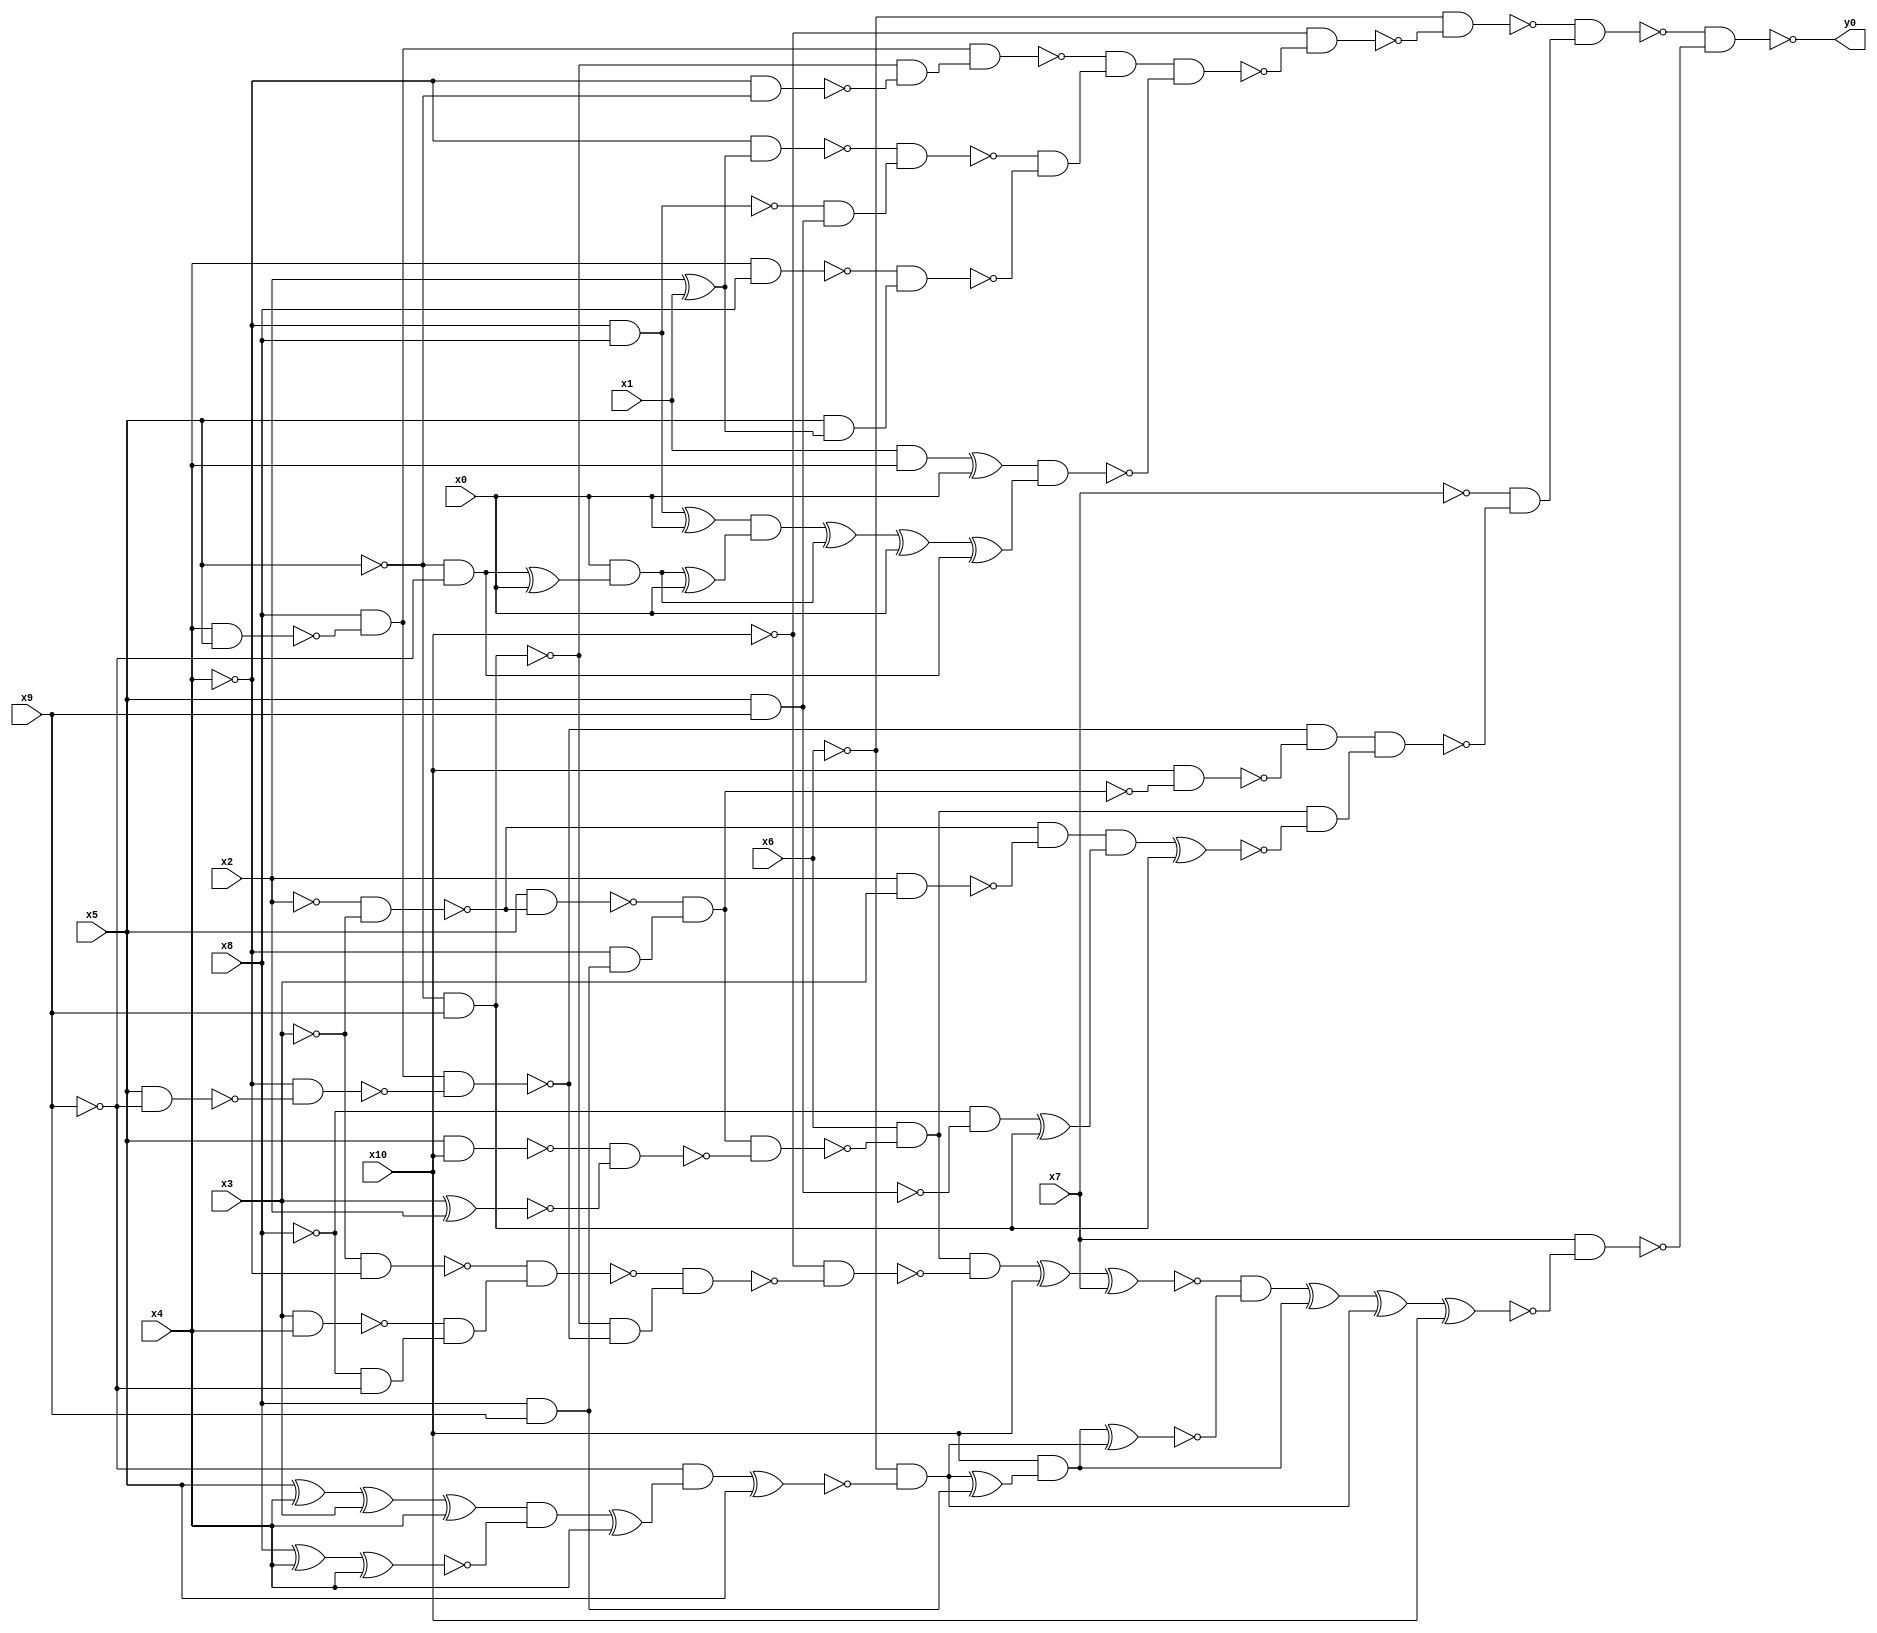
module top( x0 , x1 , x2 , x3 , x4 , x5 , x6 , x7 , x8 , x9 , x10 , y0 );
  input x0 , x1 , x2 , x3 , x4 , x5 , x6 , x7 , x8 , x9 , x10 ;
  output y0 ;
  wire n12 , n13 , n14 , n15 , n16 , n17 , n18 , n19 , n20 , n21 , n22 , n23 , n24 , n25 , n26 , n27 , n28 , n29 , n30 , n31 , n32 , n33 , n34 , n35 , n36 , n37 , n38 , n39 , n40 , n41 , n42 , n43 , n44 , n45 , n46 , n47 , n48 , n49 , n50 , n51 , n52 , n53 , n54 , n55 , n56 , n57 , n58 , n59 , n60 , n61 , n62 , n63 , n64 , n65 , n66 , n67 , n68 , n69 , n70 , n71 , n72 , n73 , n74 , n75 , n76 , n77 , n78 , n79 , n80 , n81 , n82 , n83 , n84 , n85 , n86 , n87 , n88 , n89 , n90 , n91 , n92 , n93 , n94 , n95 , n96 , n97 , n98 ;
  assign n12 = x4 & x5 ;
  assign n13 = x8 & ~n12 ;
  assign n14 = ~x5 & x9 ;
  assign n15 = ~x4 & ~x5 ;
  assign n16 = ~n14 & ~n15 ;
  assign n17 = n13 & n16 ;
  assign n18 = x2 ^ x1 ;
  assign n19 = ~x4 & n18 ;
  assign n20 = ~x4 & x8 ;
  assign n21 = x5 & x9 ;
  assign n22 = ~n20 & n21 ;
  assign n23 = ~n19 & n22 ;
  assign n24 = x4 & x8 ;
  assign n25 = x5 & n18 ;
  assign n26 = ~n24 & n25 ;
  assign n27 = ~n23 & ~n26 ;
  assign n28 = ~n17 & n27 ;
  assign n29 = x1 & x4 ;
  assign n30 = n29 ^ x0 ;
  assign n31 = n20 ^ x0 ;
  assign n32 = ~x5 & ~x9 ;
  assign n33 = n32 ^ x0 ;
  assign n34 = x0 & n33 ;
  assign n35 = n34 ^ x0 ;
  assign n36 = n31 & n35 ;
  assign n37 = n36 ^ n34 ;
  assign n38 = n37 ^ x0 ;
  assign n39 = n38 ^ n32 ;
  assign n40 = n30 & n39 ;
  assign n41 = n28 & ~n40 ;
  assign n42 = ~x10 & ~n41 ;
  assign n43 = ~x6 & ~n42 ;
  assign n44 = x5 & ~x9 ;
  assign n45 = ~x4 & ~n44 ;
  assign n46 = n13 & ~n45 ;
  assign n47 = ~x2 & ~x3 ;
  assign n48 = x5 & ~n47 ;
  assign n49 = x8 & x9 ;
  assign n50 = ~x4 & n49 ;
  assign n51 = ~n48 & n50 ;
  assign n52 = x10 & ~n51 ;
  assign n53 = ~n46 & ~n52 ;
  assign n54 = x5 & x10 ;
  assign n55 = x3 ^ x2 ;
  assign n56 = ~n54 & ~n55 ;
  assign n57 = n51 & ~n56 ;
  assign n58 = x6 & ~n57 ;
  assign n59 = x2 & x3 ;
  assign n60 = ~n47 & ~n59 ;
  assign n61 = ~x8 & ~n21 ;
  assign n62 = n61 ^ n14 ;
  assign n63 = n60 & n62 ;
  assign n64 = n63 ^ n14 ;
  assign n65 = n58 & ~n64 ;
  assign n66 = n53 & n65 ;
  assign n67 = ~x7 & ~n66 ;
  assign n68 = ~n43 & n67 ;
  assign n69 = ~x3 & ~x4 ;
  assign n70 = x3 & x4 ;
  assign n71 = ~x8 & ~x9 ;
  assign n72 = ~n70 & n71 ;
  assign n73 = ~n69 & n72 ;
  assign n74 = ~n14 & ~n46 ;
  assign n75 = ~n73 & n74 ;
  assign n76 = ~x10 & ~n75 ;
  assign n77 = n58 & ~n76 ;
  assign n78 = n77 ^ x10 ;
  assign n79 = n78 ^ x7 ;
  assign n80 = x5 ^ x4 ;
  assign n81 = n80 ^ x3 ;
  assign n82 = n81 ^ x4 ;
  assign n83 = x8 ^ x4 ;
  assign n84 = n83 ^ x4 ;
  assign n85 = n82 & ~n84 ;
  assign n86 = n85 ^ x4 ;
  assign n87 = ~x9 & n86 ;
  assign n88 = n87 ^ x5 ;
  assign n89 = ~x6 & ~n88 ;
  assign n90 = n89 ^ n49 ;
  assign n91 = x10 & n90 ;
  assign n92 = n91 ^ n89 ;
  assign n93 = ~n79 & ~n92 ;
  assign n94 = n93 ^ n91 ;
  assign n95 = n94 ^ n89 ;
  assign n96 = n95 ^ x10 ;
  assign n97 = x7 & ~n96 ;
  assign n98 = ~n68 & ~n97 ;
  assign y0 = ~n98 ;
endmodule